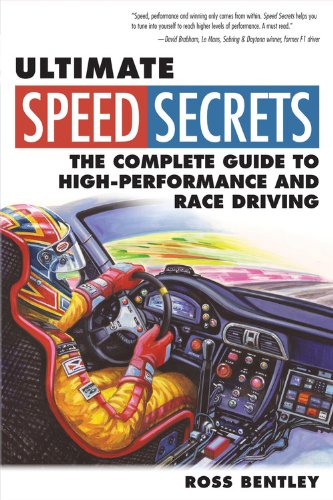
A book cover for Ultimate Speed Secrets: The Complete Guide to High-Performance and Race Driving; Ross Bentley; Engineering & Transportation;